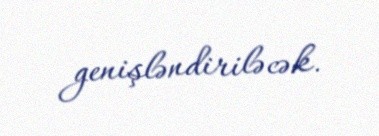
genişləndiriləcək.